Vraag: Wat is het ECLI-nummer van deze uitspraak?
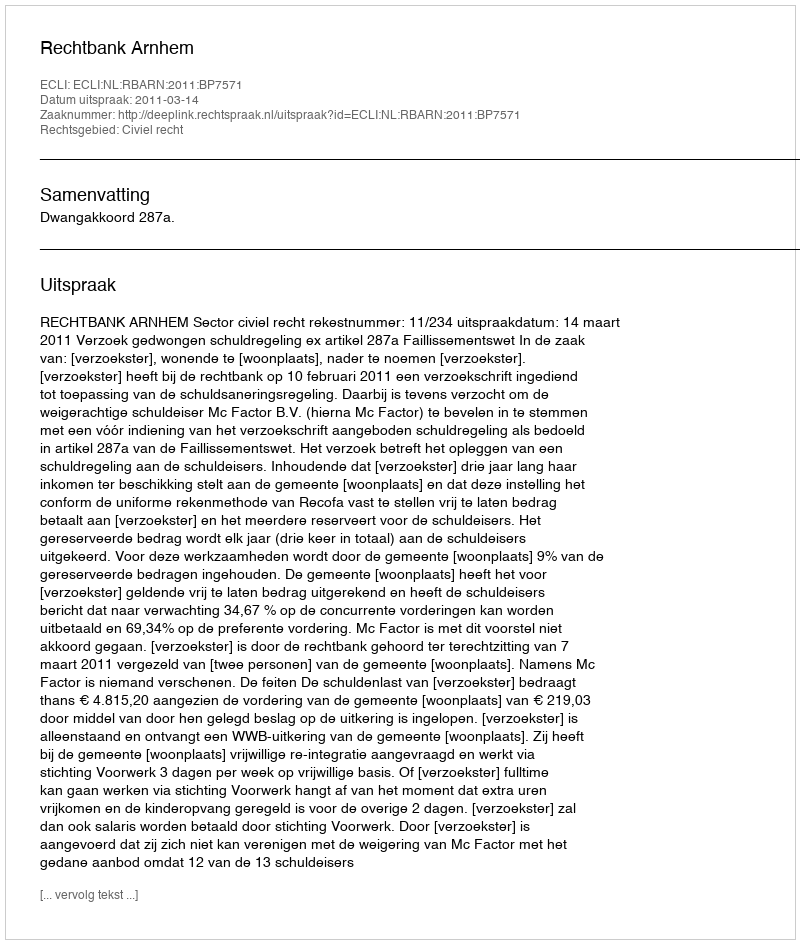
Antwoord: ECLI:NL:RBARN:2011:BP7571